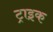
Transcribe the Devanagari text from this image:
ट्राइक